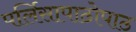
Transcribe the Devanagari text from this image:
पर्लिसापाठोपाठ